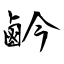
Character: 鹶